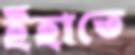
ইঁহাতে